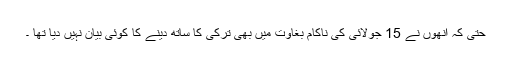
حتیٰ کہ انھوں نے 15 جولائی کی ناکام بغاوت میں بھی ترکی کا ساتھ دینے کا کوئی بیان نہیں دیا تھا ۔